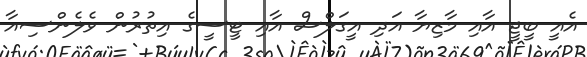
އެއީ ބީޖީ އާއި މާޒިޔާ އަދި އީގަލްސް އާއި ޓީސީގެ އިތުރުން ވެލެންސިއާ